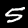
Digit: 5